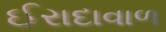
ઈરાદાવાળ